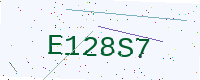
Text: E128S7